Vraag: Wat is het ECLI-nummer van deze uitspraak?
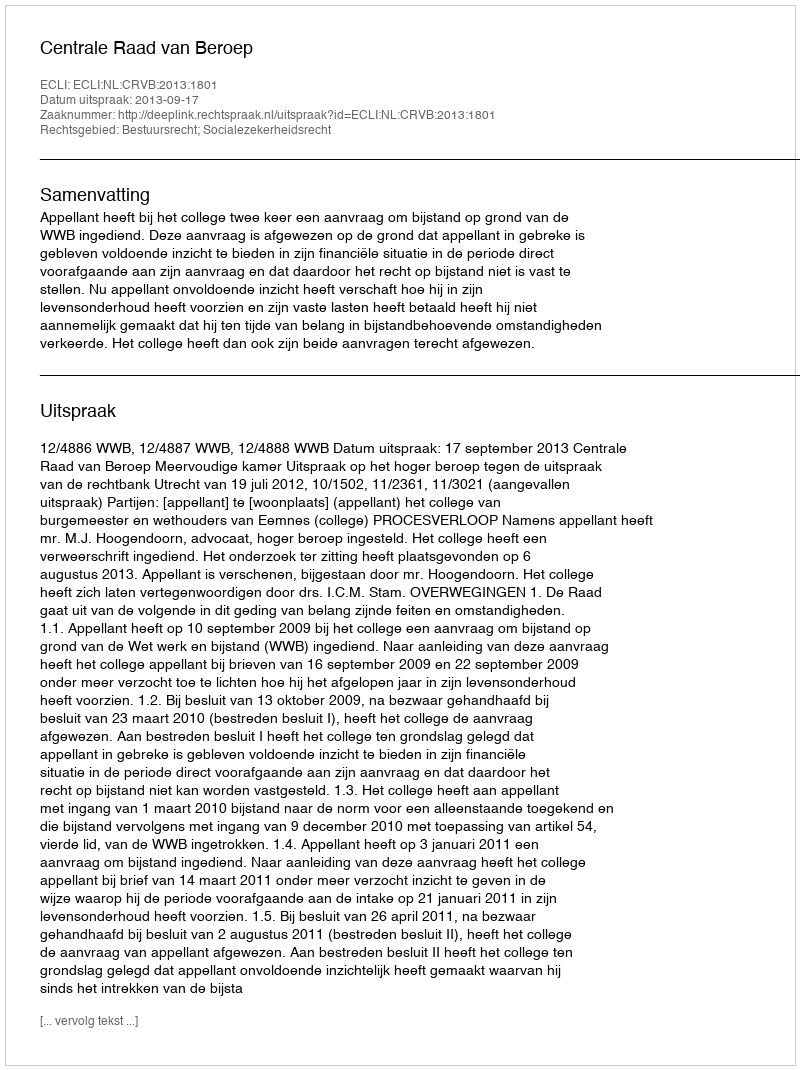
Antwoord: ECLI:NL:CRVB:2013:1801